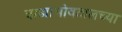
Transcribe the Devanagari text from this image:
वाड्याभोवतालच्या